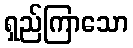
ရှည်ကြာသော